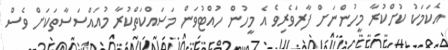
އެކަމަކު ކުށްކުރާ މީހުންނަށް ފާރަވެރިވެ އެ މީހުން ހުއްޓުވަން މަސައްކަތްކުރާ މުއައްސަސާތަކަށް ވެސް